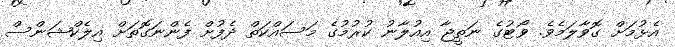
އެޅުމަށް ގޮވާލަމެވެ. ވޯޓުގެ ނަތީޖާ އިއުލާނު ކުރުމުގެ މަސައްކަތް ދެފުށް ފެންނަގޮތަށް އިލެކްޝަންސް